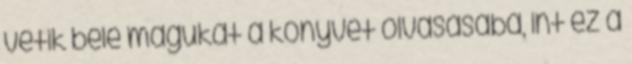
vetik bele magukat a könyvet olvasásába, int ez a